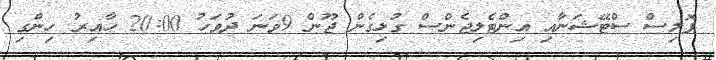
ޕޮލިސް ސްޓޭޝަނާއި އިންޓެލިޖެންސް ގުޅިގެން ޖޫން 9ވަނަ ދުވަހު 20:00 ހާއިރު ހިންގި